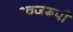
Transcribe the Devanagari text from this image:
ध्वजरूपी